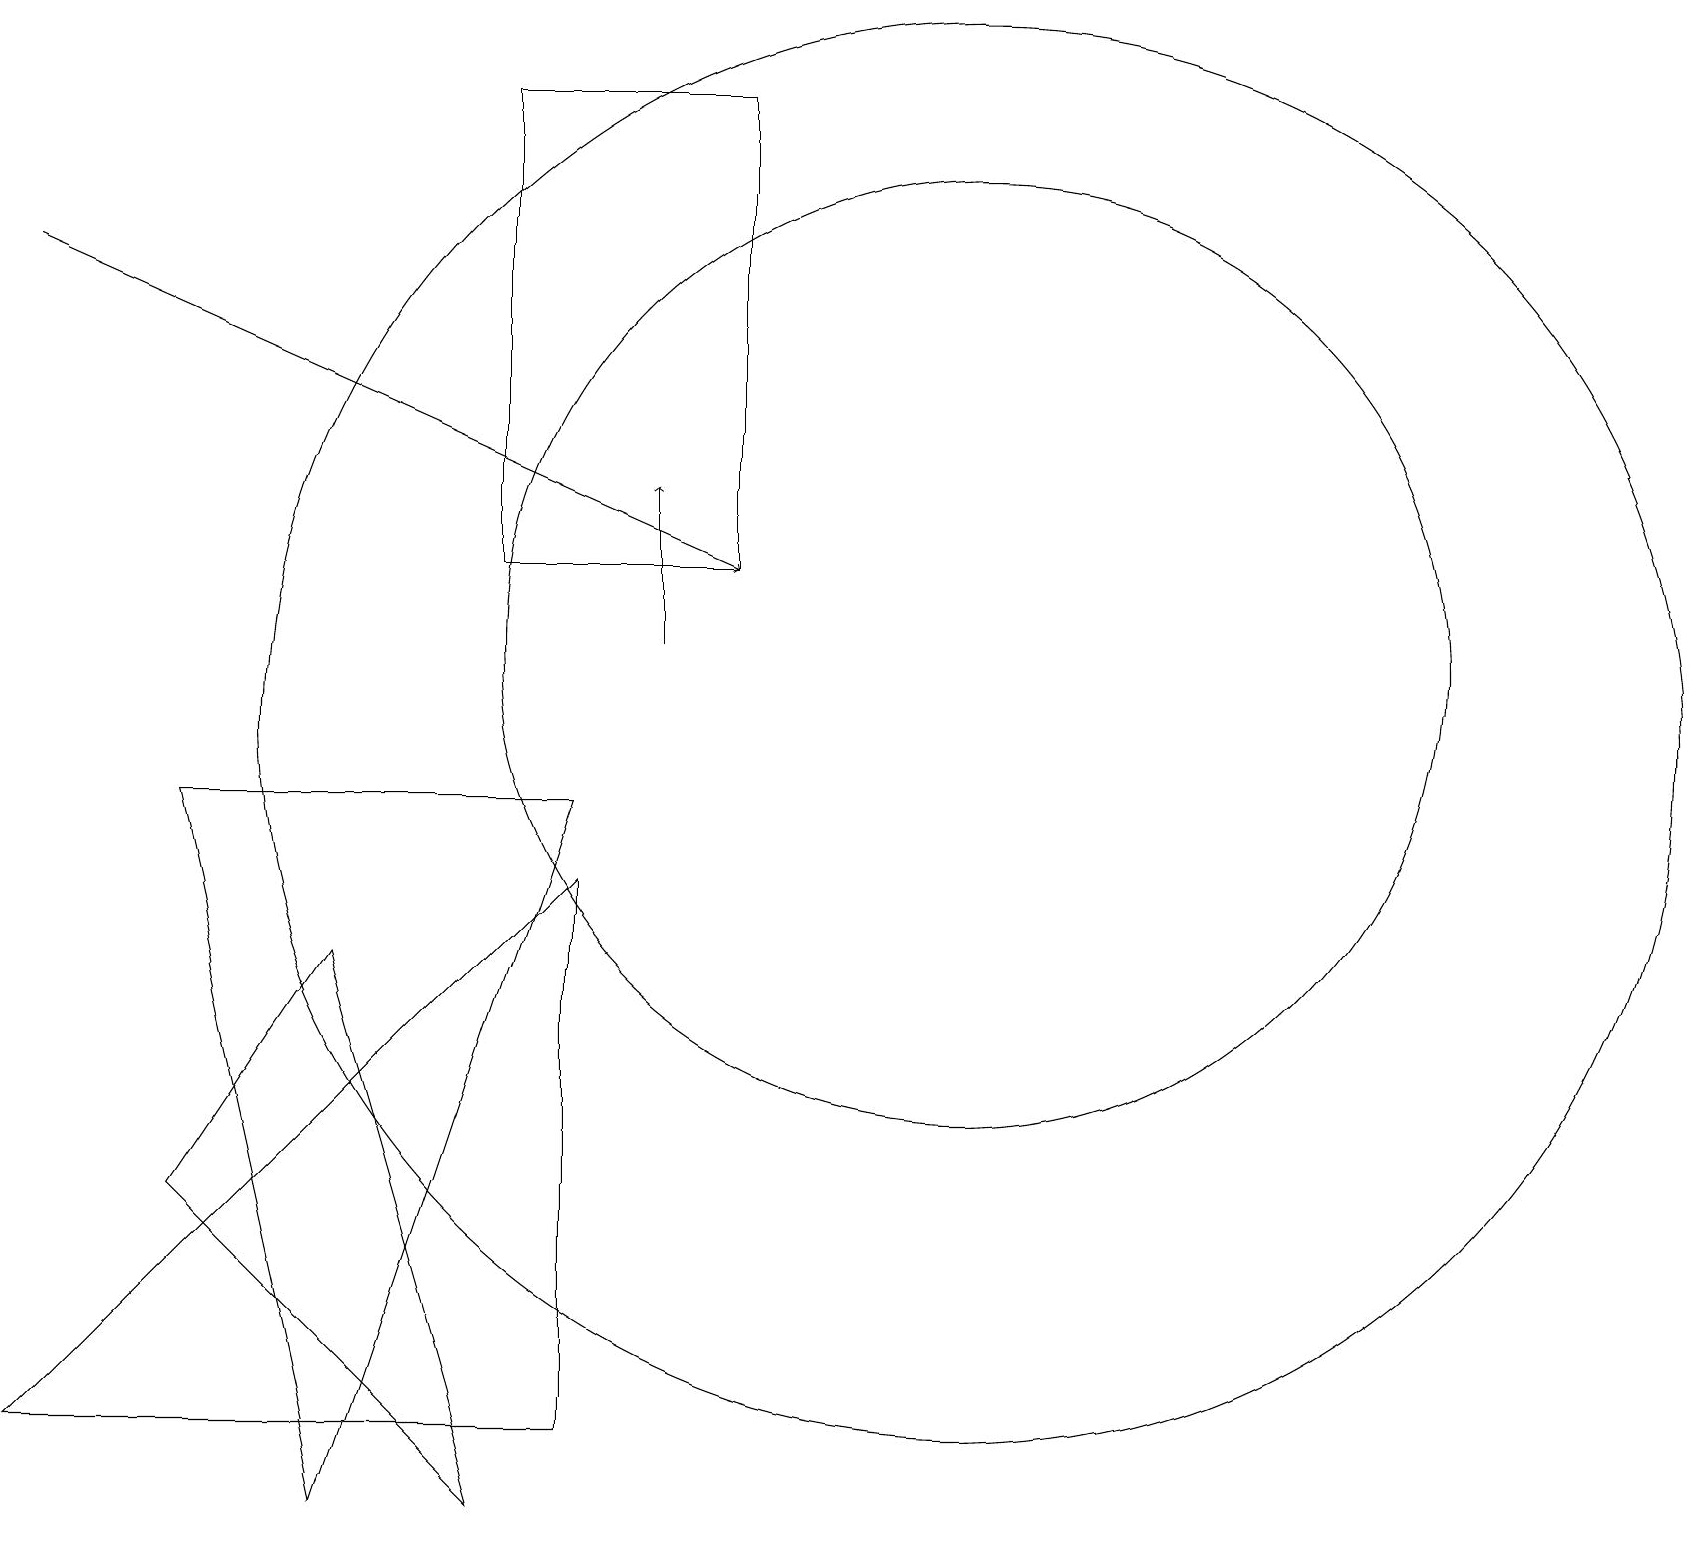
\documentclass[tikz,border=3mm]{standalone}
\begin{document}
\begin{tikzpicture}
\draw[->] (8,11) -- (8,13);
\draw (2,4) -- (4,7) -- (6,0) -- cycle;
\draw (2,9) -- (7,9) -- (4,0) -- cycle;
\draw (12,11) circle (6);
\draw (12,10) circle (9);
\draw (7,8) -- (7,1) -- (0,1) -- cycle;
\draw[->] (0,16) -- (9,12);
\draw (6,18) rectangle (9,12);
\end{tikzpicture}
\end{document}